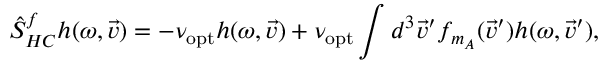
\hat { S } _ { H C } ^ { f } h ( \omega , \vec { v } ) = - \nu _ { \mathrm { o p t } } h ( \omega , \vec { v } ) + \nu _ { \mathrm { o p t } } \int d ^ { 3 } \vec { v } ^ { \prime } f _ { m _ { A } } ( \vec { v } ^ { \prime } ) h ( \omega , \vec { v } ^ { \prime } ) ,